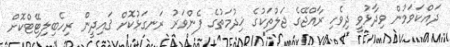
ދައްކަވަމުން ވިދާޅުވީ ދިވެހި ރާއްޖޭގެ ޖަލުތަކުގެ ޚިދުމަތުގެ ފެންވަރު ރަނގަޅުކޮށް ޤައިދީން ރިހެބިލިޓޭޓްކޮށް